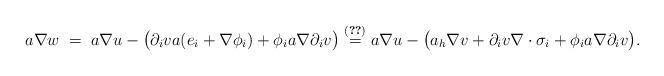
LaTeX: \begin{align*}a\nabla w\stackrel{\phantom{(\ref{i5})}}{=}a\nabla u-\big(\partial_iva(e_i+\nabla\phi_i)+\phi_ia\nabla\partial_iv\big)\stackrel{(\ref{i5})}{=}a\nabla u-\big(a_h\nabla v+\partial_iv\nabla\cdot\sigma_i+\phi_ia\nabla\partial_iv\big).\end{align*}